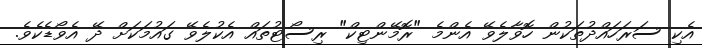
އެކި ސަރަހައްދުތަކުން ހޮވާލެވޭ އެންމެ "ރޮމޭންޓިކް" ރިސޯޓުތައް އެކުލެވޭ ގައުމަކަށް ދޭ އެވޯޑެކެވެ.